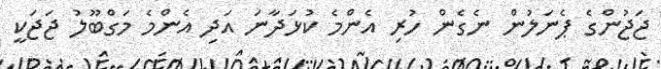
ޖަޖުންގެ ޕެނަލުން ނެގެން ހުރި އެންމެ ކުޅަދާނަ އަދި އެންމެ މަގްބޫލު ޖަޖަކީ